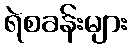
ရဲစခန်းများ